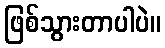
ဖြစ်သွားတာပါပဲ။